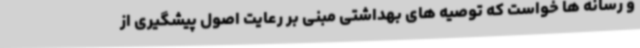
و رسانه ها خواست که توصیه های بهداشتی مبنی بر رعایت اصول پیشگیری از